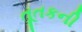
તૂતકની